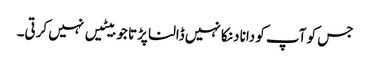
جس کو آپ کو دانا دنکا نہیں ڈالنا پڑتا جو بیٹیں نہیں کرتی۔